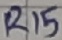
Text: R15